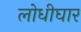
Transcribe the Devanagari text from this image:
लोधीघार